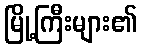
မြို့ကြီးများ၏